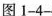
图1-4-4